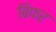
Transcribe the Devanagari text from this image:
बिफर